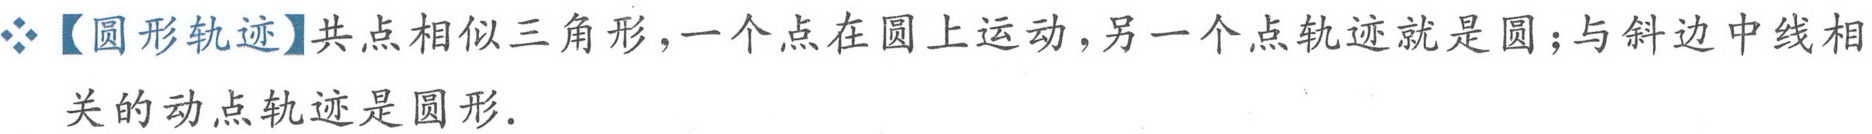
【圆形轨迹】共点相似三角形，一个点在圆上运动，另一个点轨迹就是圆；与斜边中线相关的动点轨迹是圆形.